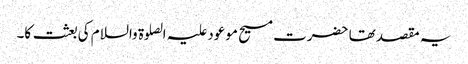
یہ مقصد تھا حضرت مسیح موعود علیہ الصلوۃ والسلام کی بعثت کا۔